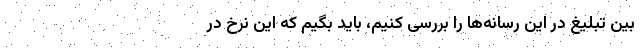
بین تبلیغ در این رسانه‌ها را بررسی کنیم، باید بگیم که این نرخ در